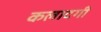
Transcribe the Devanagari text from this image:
कलादगी